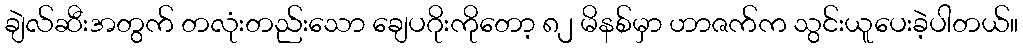
ချဲလ်ဆီးအတွက် တလုံးတည်းသော ချေပဂိုးကိုတော့ ၈၂ မိနစ်မှာ ဟာဇက်က သွင်းယူပေးခဲ့ပါတယ်။